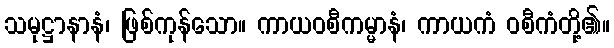
သမုဋ္ဌာနာနံ၊ ဖြစ်ကုန်သော။ ကာယဝစီကမ္မာနံ၊ ကာယကံ ဝစီကံတို့၏။